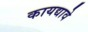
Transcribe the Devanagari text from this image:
कायद्यावे